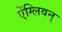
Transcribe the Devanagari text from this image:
ऐंग्लिवन्